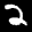
Label: 2